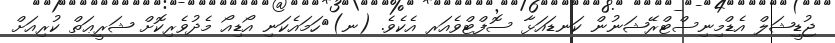
ޖުޑީޝަލް އެޑްމިނިސްޓްރޭޝަނުން ކަނޑައަޅާ ސޮފްޓްވެއަރ އެކެވެ. (ނ)	ހަމައެކަނި އޯޑިއޯ މެދުވެރިކޮށް ޝަރީޢަތް ކުރިއަށް